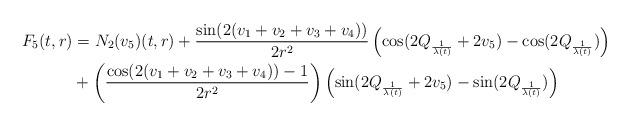
LaTeX: \begin{align*} F_{5}(t,r)&=N_{2}(v_{5})(t,r)+\frac{\sin(2(v_{1}+v_{2}+v_{3}+v_{4}))}{2r^{2}} \left(\cos(2Q_{\frac{1}{\lambda(t)}}+2v_{5})-\cos(2Q_{\frac{1}{\lambda(t)}})\right)\\&+\left(\frac{\cos(2(v_{1}+v_{2}+v_{3}+v_{4}))-1}{2r^{2}}\right)\left(\sin(2Q_{\frac{1}{\lambda(t)}}+2v_{5})-\sin(2Q_{\frac{1}{\lambda(t)}})\right)\end{align*}